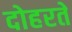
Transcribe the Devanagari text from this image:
दोहरते